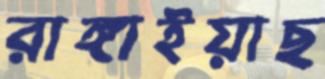
রাঙ্গাইয়াছ